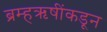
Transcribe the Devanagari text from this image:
ब्रम्हऋषींकडून